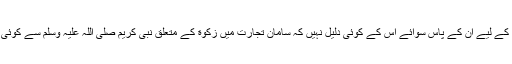
اور اپنے اس قول کے لیے ان کے پاس سوائے اس کے کوئی دلیل نہیں کہ سامانِ تجارت میں زکوٰة کے متعلق نبی کریم صلی اللہ علیہ وسلم سے کوئی حدیث ثابت نہیں۔